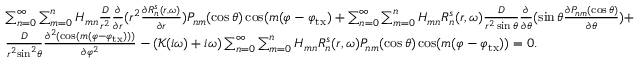
\begin{array} { l } { \sum _ { n = 0 } ^ { \infty } \sum _ { m = 0 } ^ { n } H _ { m n } \frac { D } { { { r ^ { 2 } } } } \frac { \partial } { { \partial r } } ( { r ^ { 2 } } \frac { { \partial R _ { n } ^ { s } ( r , \omega ) } } { { \partial r } } ) P _ { n m } ( \cos \theta ) \cos ( m ( \varphi - \varphi _ { \mathrm { t x } } ) + \sum _ { n = 0 } ^ { \infty } \sum _ { m = 0 } ^ { n } H _ { m n } R _ { n } ^ { s } ( r , \omega ) \frac { D } { { { r ^ { 2 } } \sin \theta } } \frac { \partial } { { \partial \theta } } ( \sin \theta \frac { { \partial P _ { n m } ( \cos \theta ) } } { { \partial \theta } } ) + } \\ { \frac { D } { { { r ^ { 2 } } { { \sin } ^ { 2 } } \theta } } \frac { { { \partial ^ { 2 } } ( \cos ( m ( \varphi - \varphi _ { \mathrm { t x } } ) ) ) } } { { \partial { \varphi ^ { 2 } } } } - ( \mathcal K ( i \omega ) + { i \omega } ) \sum _ { n = 0 } ^ { \infty } \sum _ { m = 0 } ^ { n } H _ { m n } R _ { n } ^ { s } ( r , \omega ) P _ { n m } ( \cos \theta ) \cos ( m ( \varphi - \varphi _ { \mathrm { t x } } ) ) = 0 . } \end{array}